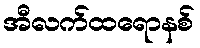
အီလက်ထရောနစ်